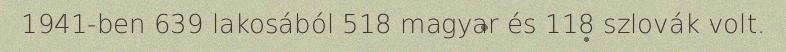
1941-ben 639 lakosából 518 magyar és 118 szlovák volt.